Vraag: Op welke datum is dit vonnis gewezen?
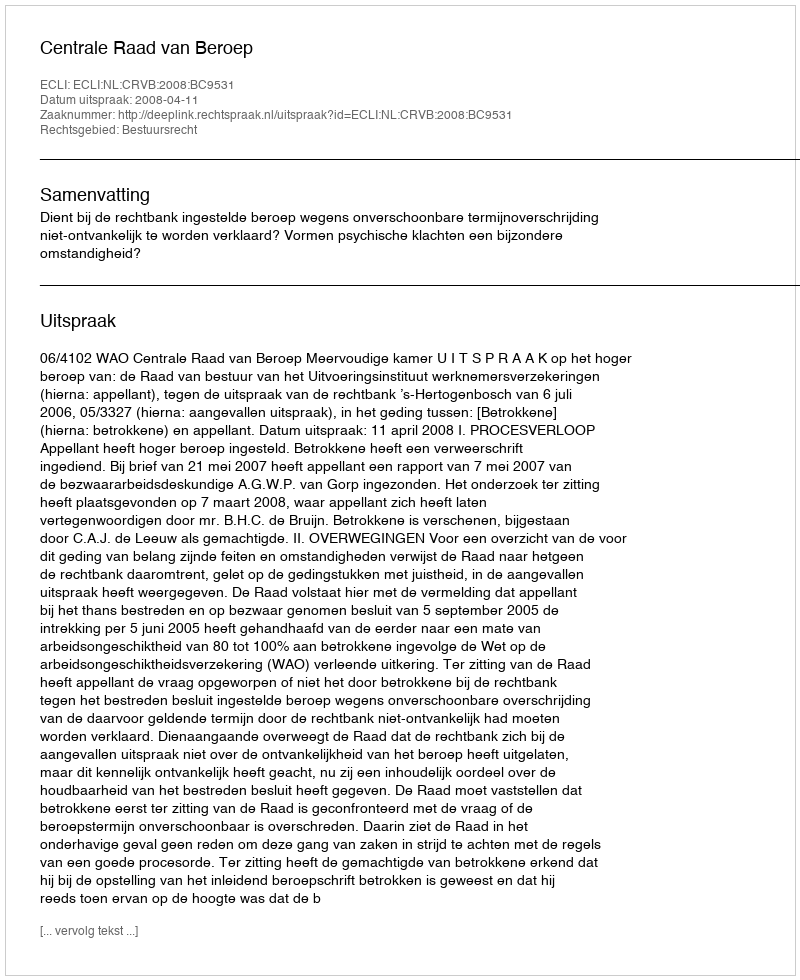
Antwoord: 2008-04-11